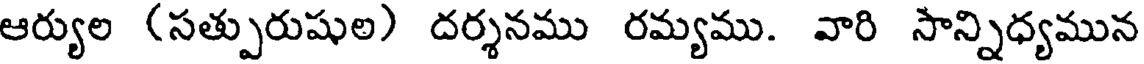
ఆర్యుల (సత్పురుషుల) దర్శనము రమ్యము. వారి సాన్నిధ్యమున